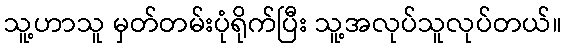
သူ့ဟာသူ မှတ်တမ်းပုံရိုက်ပြီး သူ့အလုပ်သူလုပ်တယ်။